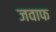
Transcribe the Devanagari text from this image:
जवाफ